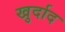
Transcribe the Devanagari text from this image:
खुर्दाद